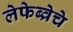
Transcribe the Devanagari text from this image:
लेफेब्व्रेचे